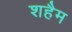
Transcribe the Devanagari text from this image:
शहैम